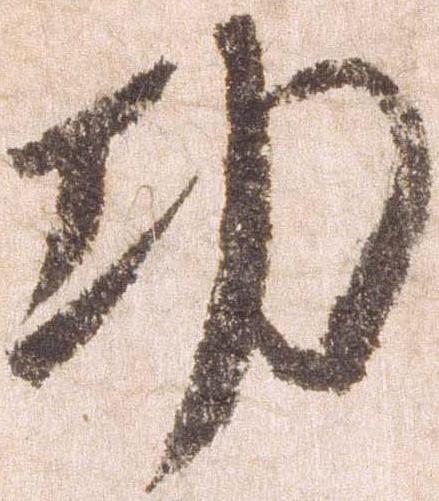
功